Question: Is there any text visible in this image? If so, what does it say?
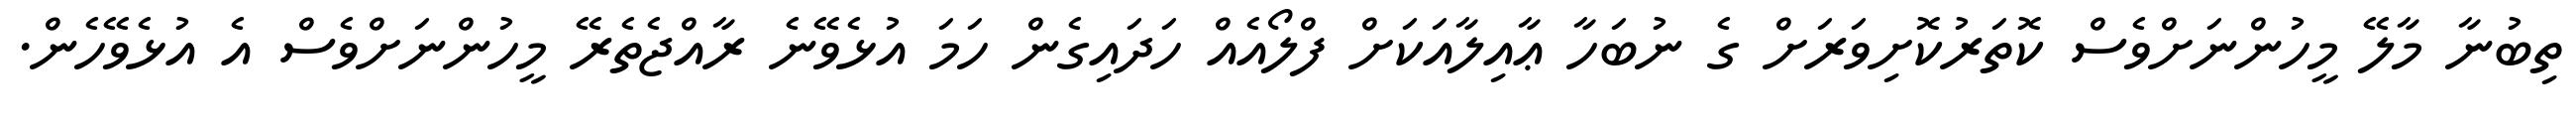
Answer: ތިބުނާ މާލޭ މީހުންނަށްވެސް ކޮތަރުކޮށިވަރަށް ގެ ނުބަހާ ޢާއިލާއަކަށް ފްލޯއެއް ހަދައިގެން ހަމަ އުޅެވޭނެ ރާއްޖެތެރޭ މީހުންނަށްވެސް އެ އުޅެވޭހެން.